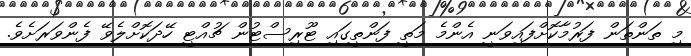
މި ތަންތަން ފަރުމާކޮށްފައިވަނީ އެންމެ މަތީ ފަންތީގައި ޓޫރިސްޓުން ޗުއްޓީ ހޭދަކޮށްލެވޭ ފެންވަރަށެވެ.